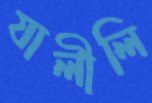
যালীলি